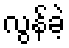
လွန်ခဲ့